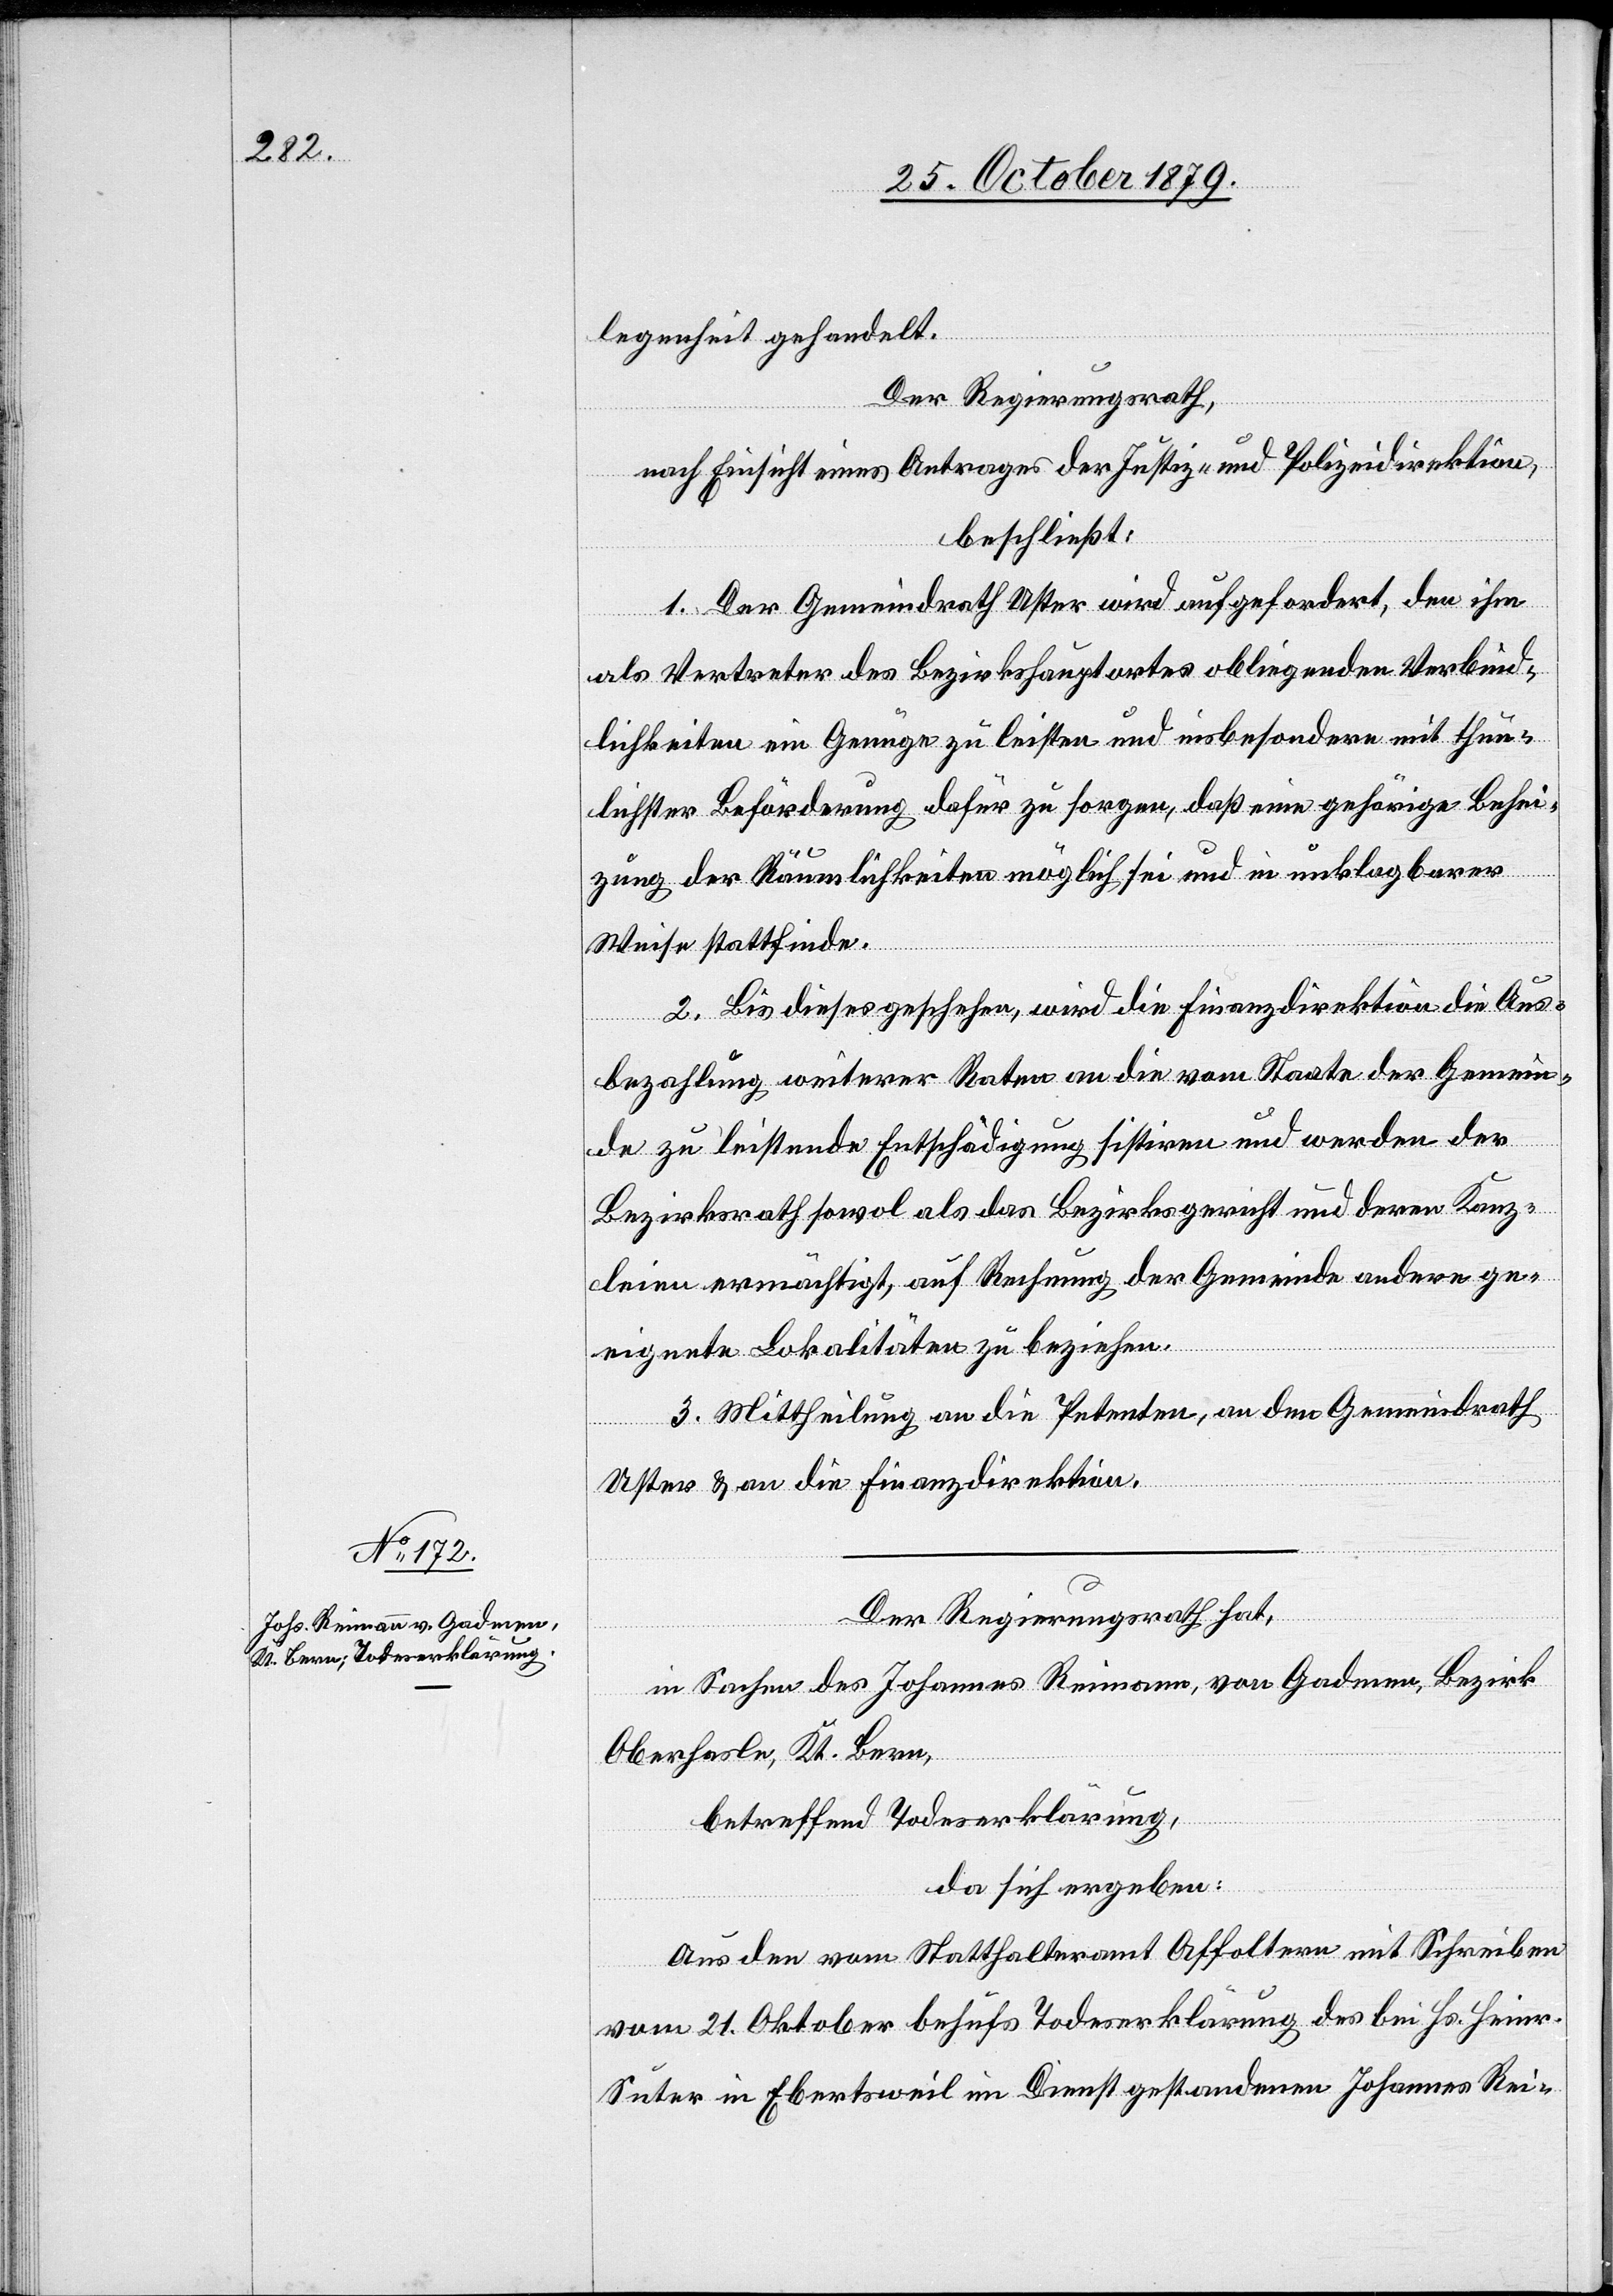
legenheit gehandelt.
Der Regierungsrath,
nach Einsicht eines Antrages der Justiz- und Polizeidirektion,
beschließt:
1. Der Gemeindrath Uster wird aufgefordert, den ihm
als Vertreter des Bezirkshauptortes obliegenden Verbind¬
lichkeiten ein Genüge zu leisten und insbesondere mit thun¬
lichster Beförderung dafür zu sorgen, daß eine gehörige Behei¬
zung der Räumlichkeiten möglich sei und in unklagbarer
Weise stattfinde.
2. Bis dieses geschehen, wird die Finanzdirektion die Aus¬
bezahlung weiterer Raten an die vom Staate der Gemein¬
de zu leistende Entschädigung sistiren und werden der
Bezirksrath sowol als das Bezirksgericht und deren Kanz¬
leien ermächtigt, auf Rechnung der Gemeinde andere ge¬
eignete Lokalitäten zu beziehen.
3. Mittheilung an die Petenten, an den Gemeindrath
Uster & an die Finanzdirektion.
Der Regierungsrath hat,
in Sachen des Johannes Reimann, von Gadmen, Bezirk
Oberhasle, Kt. Bern,
betreffend Todeserklärung,
da sich ergeben:
Aus den vom Statthalteramt Affoltern mit Schreiben
vom 21. Oktober behufs Todeserklärung des bei Hs. Heinr.
Suter in Ebertsweil im Dienst gestandenen Johannes Rei-